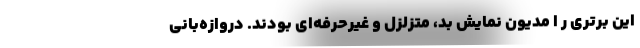
این برتری ر ا مدیون نمایش بد، متزلزل و غیرحرفه‌ای بودند. دروازه‌بانی